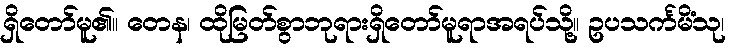
ရှိတော်မူ၏။ တေန၊ ထိုမြတ်စွာဘုရားရှိတော်မူရာအရပ်သို့။ ဥပသင်္ကမိံသု၊